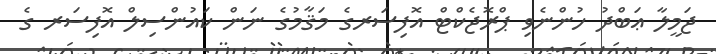
ޖަމީލާ ޢަބްދު ހުންނެވި ޕްރޮޖެކްޓް އޮފިސަރގެ މަޤާމުގެ ނަން ކައުންސިލް އޮފިސަރ ގެ